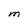
Character: M